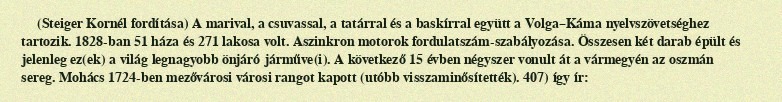
(Steiger Kornél fordítása) A marival, a csuvassal, a tatárral és a baskírral együtt a Volga–Káma nyelvszövetséghez tartozik. 1828-ban 51 háza és 271 lakosa volt. Aszinkron motorok fordulatszám-szabályozása. Összesen két darab épült és jelenleg ez(ek) a világ legnagyobb önjáró járműve(i). A következő 15 évben négyszer vonult át a vármegyén az oszmán sereg. Mohács 1724-ben mezővárosi városi rangot kapott (utóbb visszaminősítették). 407) így ír: